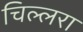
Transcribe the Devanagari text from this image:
चिल्लरा